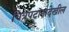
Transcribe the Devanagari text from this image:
चित्रपटांनादेखील